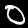
Digit: 0